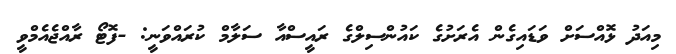
މިއަދު ޅޮއްސަށް ވަޑައިގެން އެރަށުގެ ކައުންސިލްގެ ރައީސްއާ ސަލާމް ކުރައްވަނީ: -ފޮޓޯ ރާއްޖެއެމްވީ